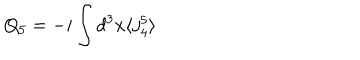
Q _ { 5 } = - i \int d ^ { 3 } x \langle j _ { 4 } ^ { 5 } \rangle